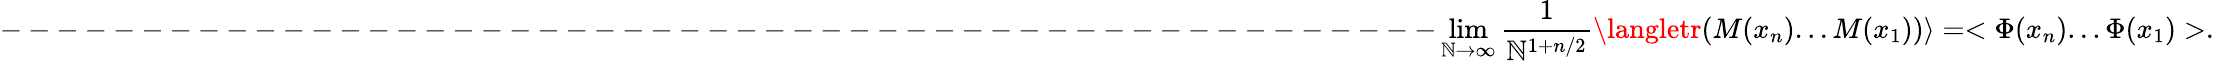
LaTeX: ---------------------------------------------------\operatorname*{lim}_{\mathbb{N}\to\infty}\frac{{1}}{{\mathbb{N}^{1+n/2}}}\langletr(M(x_{n})...M(x_{1}))\rangle=<\Phi(x_{n})...\Phi(x_{1})>.